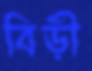
বিড়ী